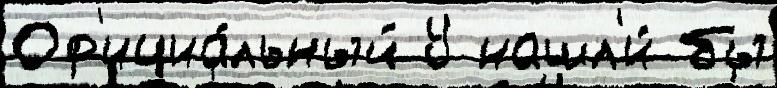
Оф'ициа́льный У нашл'и́ бы